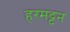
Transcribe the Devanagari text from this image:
हरमट्टन